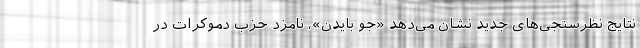
نتایج نظرسنجی‌های جدید نشان می‌دهد «جو بایدن»، نامزد حزب دموکرات در